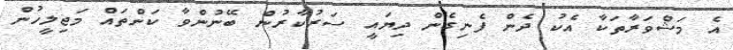
އެ މަޝްވަރާތަކާ އެކު ދެން ފެނިގެން ދިޔައީ ސަރުކާރުން ބޭނުންވާ ކަންތައް މަޖިލީހުން